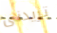
تريدنى